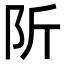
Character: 𨸢